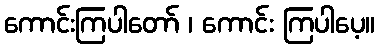
ကောင်းကြပါတော် ၊ ကောင်း ကြပါပေ့။